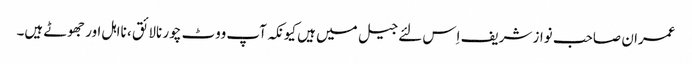
عمران صاحب نواز شریف اِس لئے جیل میں ہیں کیونکہ آپ ووٹ چور نالائق ، نااہل اور جھوٹے ہیں۔